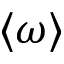
\langle \omega \rangle